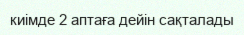
киімде 2 аптаға дейін сақталады